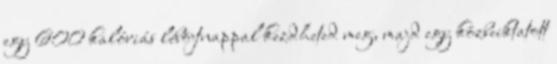
egy 600 kalóriás léböjtnappal kezdheted meg, majd egy közbeiktatott